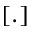
\left[ . \right]